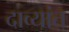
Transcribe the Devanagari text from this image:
दाव्यांत